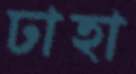
ঢাহা